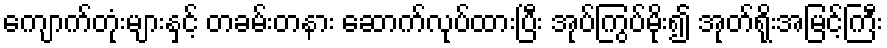
ကျောက်တုံးများနှင့် တခမ်းတနား ဆောက်လုပ်ထားပြီး အုပ်ကြွပ်မိုး၍ အုတ်ရိုးအမြင့်ကြီး